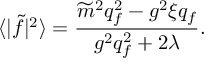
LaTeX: \langle | \widetilde { f } | ^ { 2 } \rangle = \frac { \widetilde { m } ^ { 2 } q _ { f } ^ { 2 } - g ^ { 2 } \xi q _ { f } } { g ^ { 2 } q _ { f } ^ { 2 } + 2 \lambda } .